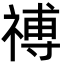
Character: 禣